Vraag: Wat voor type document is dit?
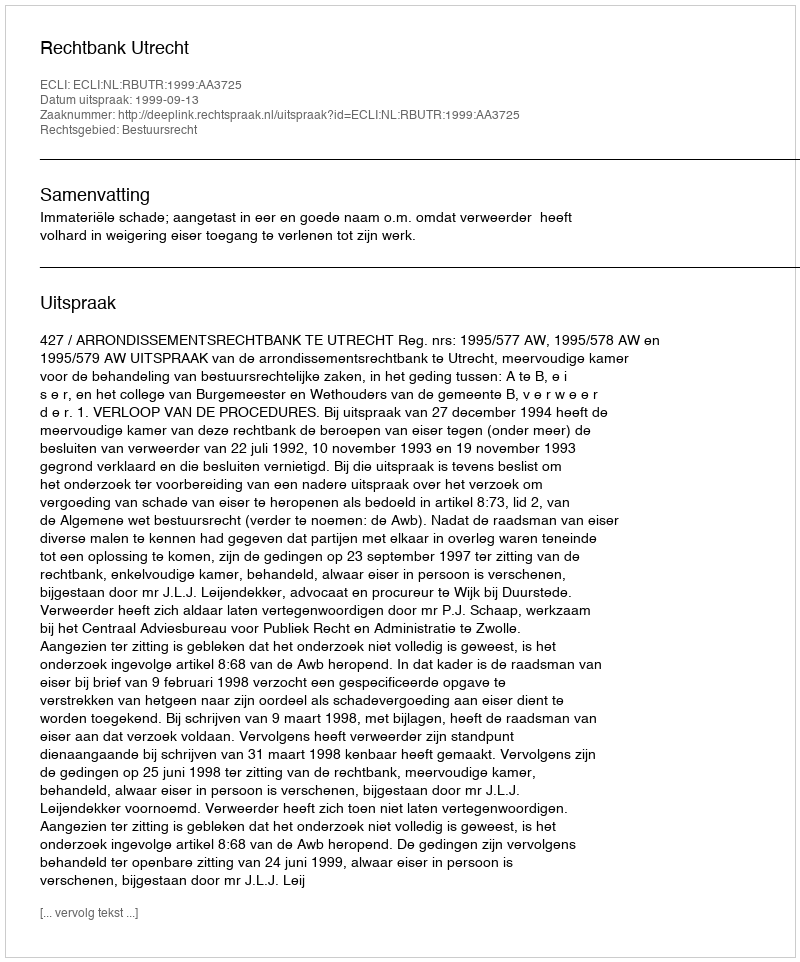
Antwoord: Uitspraak